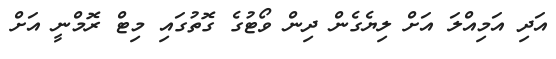
އަދި އަމިއްލަ އަށް ލިޔެގެން ދިން ވޯޓުގެ ގޮތުގައި މިޓް ރޮމްނީ އަށް